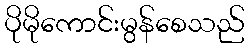
ပိုမိုကောင်းမွန်စေသည်